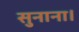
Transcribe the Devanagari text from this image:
सुनाना।